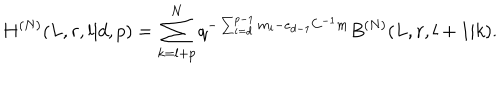
H ^ { ( N ) } ( L , r , l | d , p ) = \sum _ { k = l + p } ^ { N } q ^ { - \sum _ { i = d } ^ { p - 1 } m _ { i } - e _ { d - 1 } C ^ { - 1 } m } B ^ { ( N ) } ( L , r , l + 1 | k ) .